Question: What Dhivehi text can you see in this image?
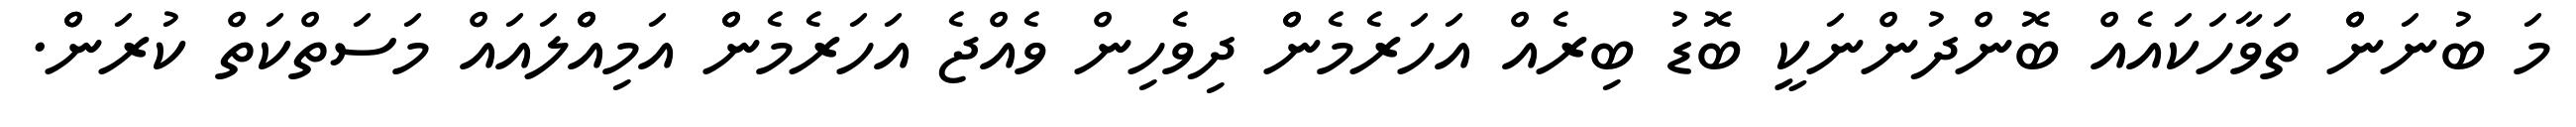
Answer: މަ ބުނަންް ތަވާހަކައެއް ބޮންދުންނަކީ ބޮޑު ބިރެއް އަހަރެމެންް ދިވެހިން ވެއްޖެ އަހަރެމެންް އަމިއްްލައައް މަސަތްކަތް ކުރަންް.